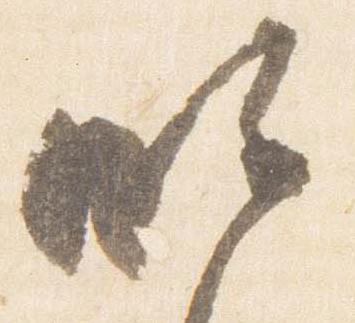
明